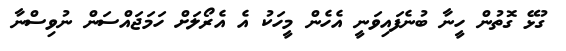
ގުޅޭ ގޮތުން ހީނާ ބުނެފައިވަނީ އެހެން މީހަކު އެ އެރޯލަށް ހަމަޖައްސަން ނުވިސްނާ